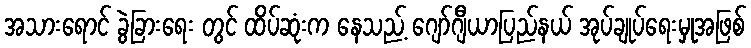
အသားရောင် ခွဲခြားရေး တွင် ထိပ်ဆုံးက နေသည့် ဂျော်ဂျီယာပြည်နယ် အုပ်ချုပ်ရေးမှုအဖြစ်